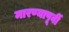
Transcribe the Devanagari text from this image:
मारण्यापूर्वी